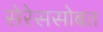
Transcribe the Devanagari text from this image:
सेरेससोबत